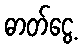
ဓာတ်ငွေ့